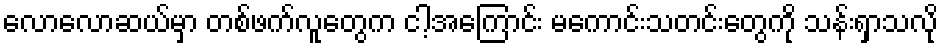
လောလောဆယ်မှာ တစ်ဖက်လူတွေက ငါ့အကြောင်း မကောင်းသတင်းတွေကို သန်းရှာသလို